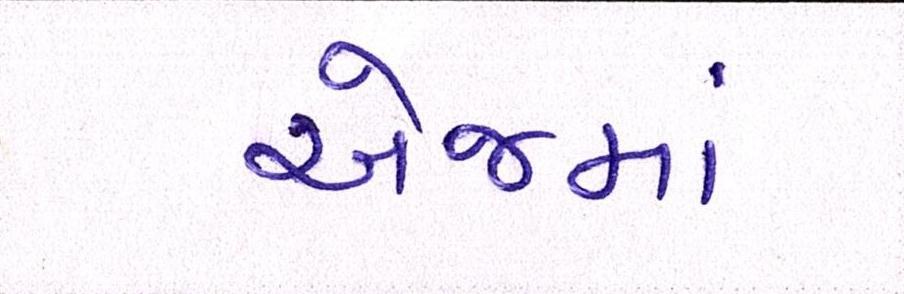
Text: એજમાં